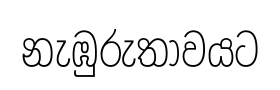
නැඹුරුතාවයට